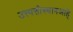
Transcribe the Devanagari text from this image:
उत्त्पत्तीस्थानआहे